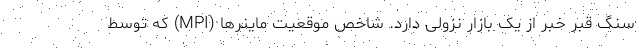
سنگ قبر خبر از یک بازار نزولی دارد. شاخص موقعیت ماینرها (MPI) که توسط